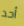
أحد